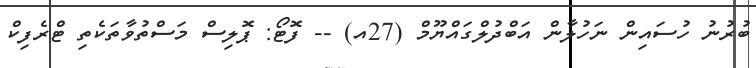
ބުރުނު ހުސައިން ނަހުލާން އަބްދުލްގައްޔޫމް (27އ) -- ފޮޓޯ: ޕޮލިސް މަސްތުވާތަކެތި ޓްރެފިކް